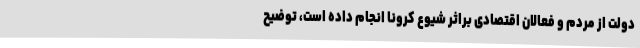
دولت از مردم و فعالان اقتصادی براثر شیوع کرونا انجام داده است، توضیح